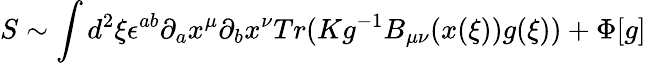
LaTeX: S\sim\int d^{2}\xi\epsilon^{ab}\partial_{a}x^{\mu}\partial_{b}x^{\nu}Tr(Kg^{-1}B_{\mu\nu}(x(\xi))g(\xi))+\Phi[g]